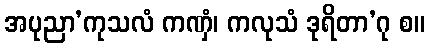
အပုညာ’ကုသလံ ကဏှံ၊ ကလုသံ ဒုရိတာ’ဂု စ။